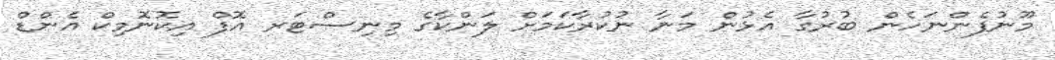
މޫނުފެންނަހެން ބުރުގާ އެޅުން މަނާ ނުކުރާކަމަށް ލަންކާގެ މިނިސްޓަރ އޮފް އިކޮނޮމިކް އެންޑް